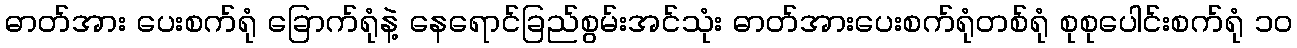
ဓာတ်အား ပေးစက်ရုံ ခြောက်ရုံနဲ့ နေရောင်ခြည်စွမ်းအင်သုံး ဓာတ်အားပေးစက်ရုံတစ်ရုံ စုစုပေါင်းစက်ရုံ ၁၀